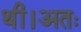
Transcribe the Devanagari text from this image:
थी।अतः